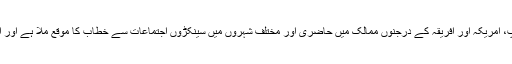
اور یہ بات خود ہمارے مشاہدے میں بھی ہے کہ ایشیا، یورپ، امریکہ اور افریقہ کے درجنوں ممالک میں حاضری اور مختلف شہروں میں سینکڑوں اجتماعات سے خطاب کا موقع ملا ہے اور اردو کے سامعین ہمیں ہر جگہ کثیر تعداد میں میسر آئے ہیں۔